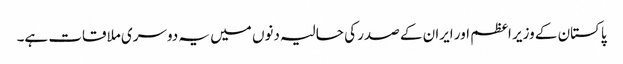
پاکستان کے وزیر اعظم اور ایران کے صدر کی حالیہ دنوں میں یہ دوسری ملاقات ہے۔